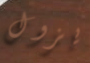
يزول